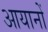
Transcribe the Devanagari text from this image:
आयानों